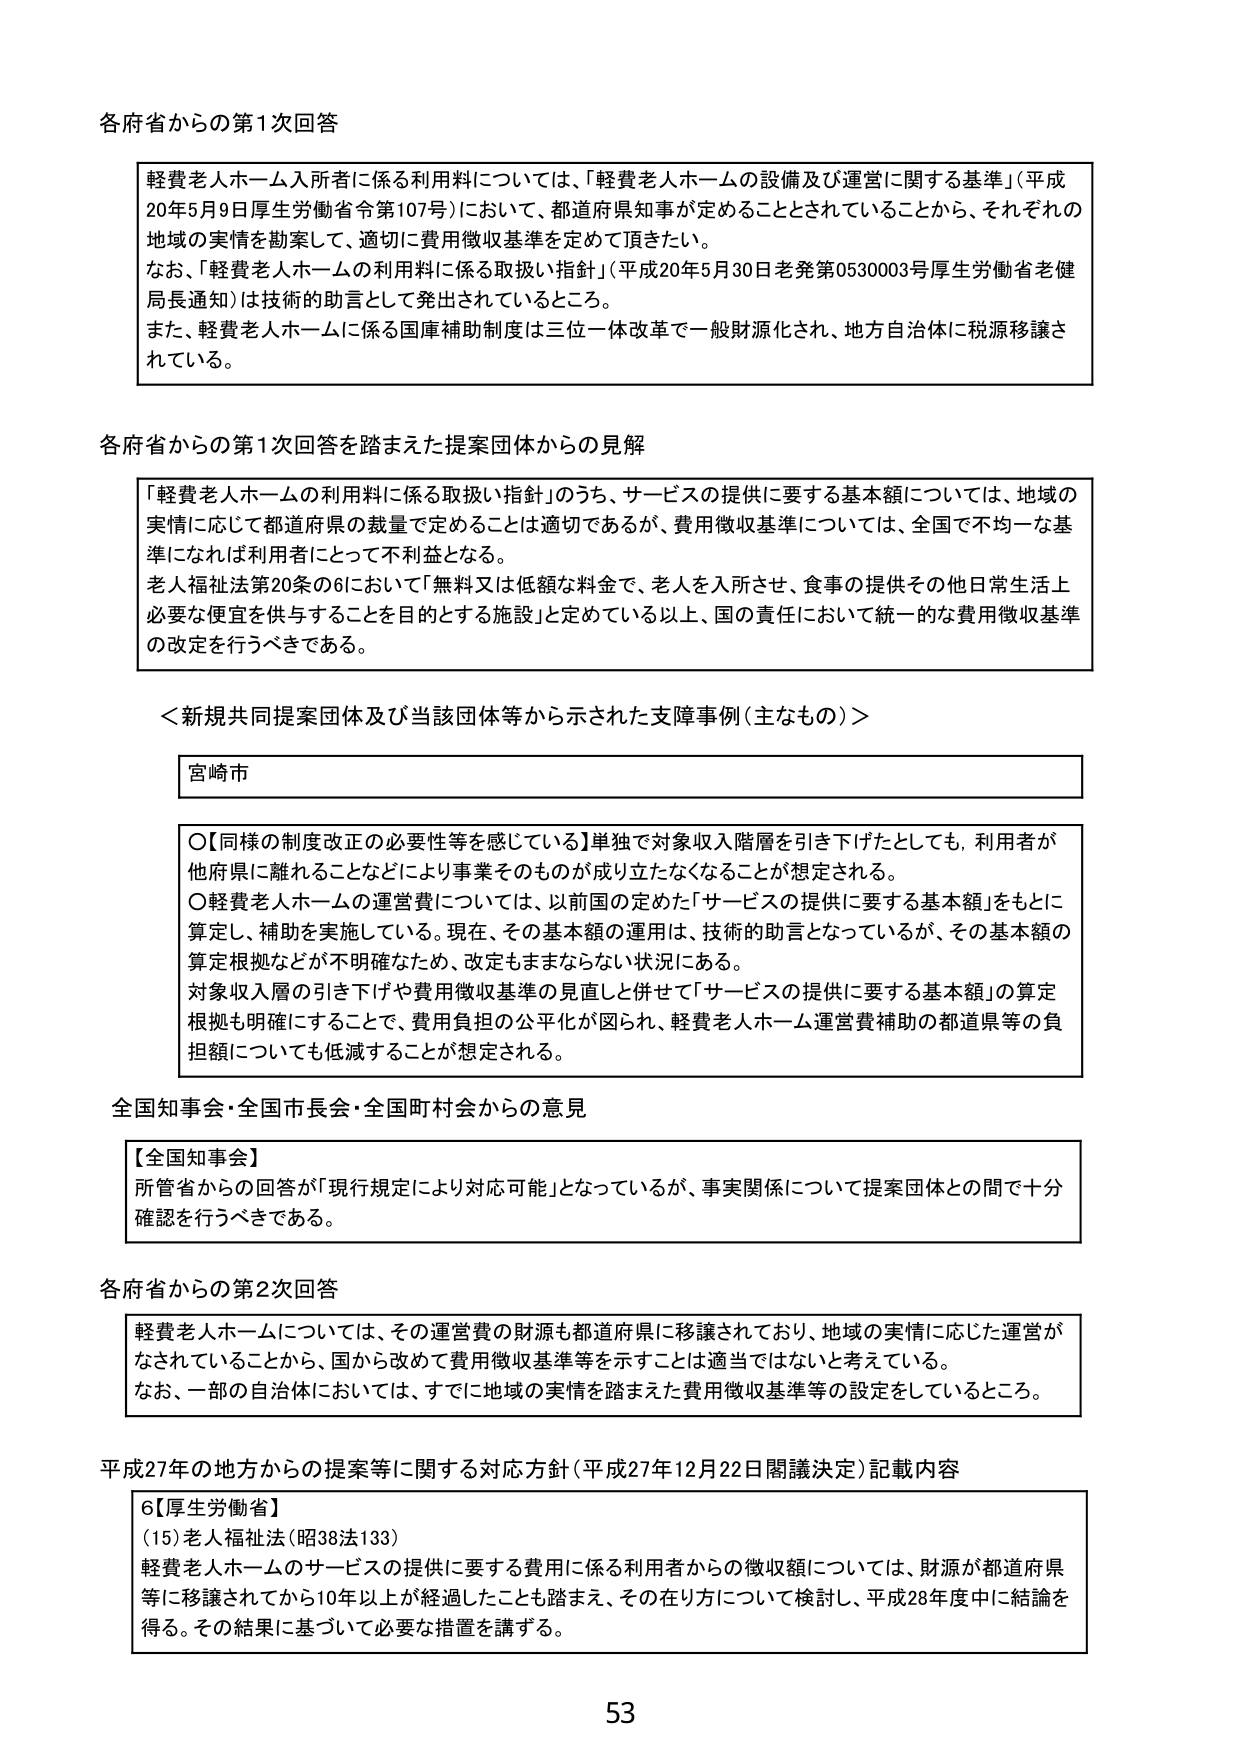
各府省からの第1次回答

軽費老人ホーム入所者に係る利用料については、「軽費老人ホームの設備及び運営に関する基準」（平成20年5月9日厚生労働省令第107号）において、都道府県知事が定めることとされていることから、それぞれの地域の実情を勘案して、適切に費用徴収基準を定めて頂きたい。
なお、「軽費老人ホームの利用料に係る取扱い指針」（平成20年5月30日老発第0530003号厚生労働省老健局長通知）は技術的助言として発出されているところ。
また、軽費老人ホームに係る国庫補助制度は三位一体改革で一般財源化され、地方自治体に税源移譲されている。

各府省からの第1次回答を踏まえた提案団体からの見解

「軽費老人ホームの利用料に係る取扱い指針」のうち、サービスの提供に要する基本額については、地域の実情に応じて都道府県の裁量で定めるることは適切であるが、費用徴収基準については、全国で不均一な基準になれば利用者にとって不利となる。
老人福祉法第20条の6において「無料又は低額な料金で、老人を入所させ、食事の提供その他日常生活上必要な便宜を供与することを目的とする施設」と定めている以上、国の責任において統一的な費用徴収基準の改定を行うべきである。

＜新規共同提案団体及び当該団体等から示された支援事例（主なもの）＞

宮崎市

〇【同様の制度改正の必要性等を感じている】単独で対象収入階層を引き下げたとしても、利用者が他府県に離れることなどにより事業そのものが成り立たなくなることが想定される。
〇軽費老人ホームの運営費については、以前国の定めた「サービスの提供に要する基本額」をもとに算定し、補助を実施している。現在、その基本額の運用は、技術的助言となっているが、その基本額の算定根拠などが不明確なため、改定もままならない状況にある。
対象収入層の引き下げや費用徴収基準の見直しと併せて「サービスの提供に要する基本額」の算定根拠も明確にすることで、費用負担の公平化が図られ、軽費老人ホーム運営費補助の都道県等の負担額についても低減することが想定される。

全国知事会・全国市長会・全国町村会からの意見

【全国知事会】
所管省からの回答が「現行規定により対応可能」となっているが、事実関係について提案団体との間で十分確認を行うべきである。

各府省からの第2次回答

軽費老人ホームについては、その運営費の財源も都道府県に移譲されており、地域の実情に応じた運営がなされていることから、国から改めて費用徴収基準等を示すことは適当ではないと考えている。
なお、一部の自治体においては、すでに地域の実情を踏まえた費用徴収基準等の設定をしているところ。

平成27年の地方からの提案等に関する対応方針（平成27年12月22日閣議決定）記載内容

6【厚生労働省】
（15）老人福祉法（昭38法133）
軽費老人ホームのサービスの提供に要する費用に係る利用者からの徴収額については、財源が都道府県等に移譲されてから10年以上が経過したことも踏まえ、その在り方について検討し、平成28年度中に結論を得る。その結果に基づいて必要な措置を講ずる。

53